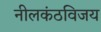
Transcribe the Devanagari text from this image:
नीलकंठविजय